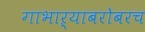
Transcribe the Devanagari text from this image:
गाभाऱ्याबरोबरच